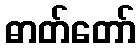
ဓာတ်တော်